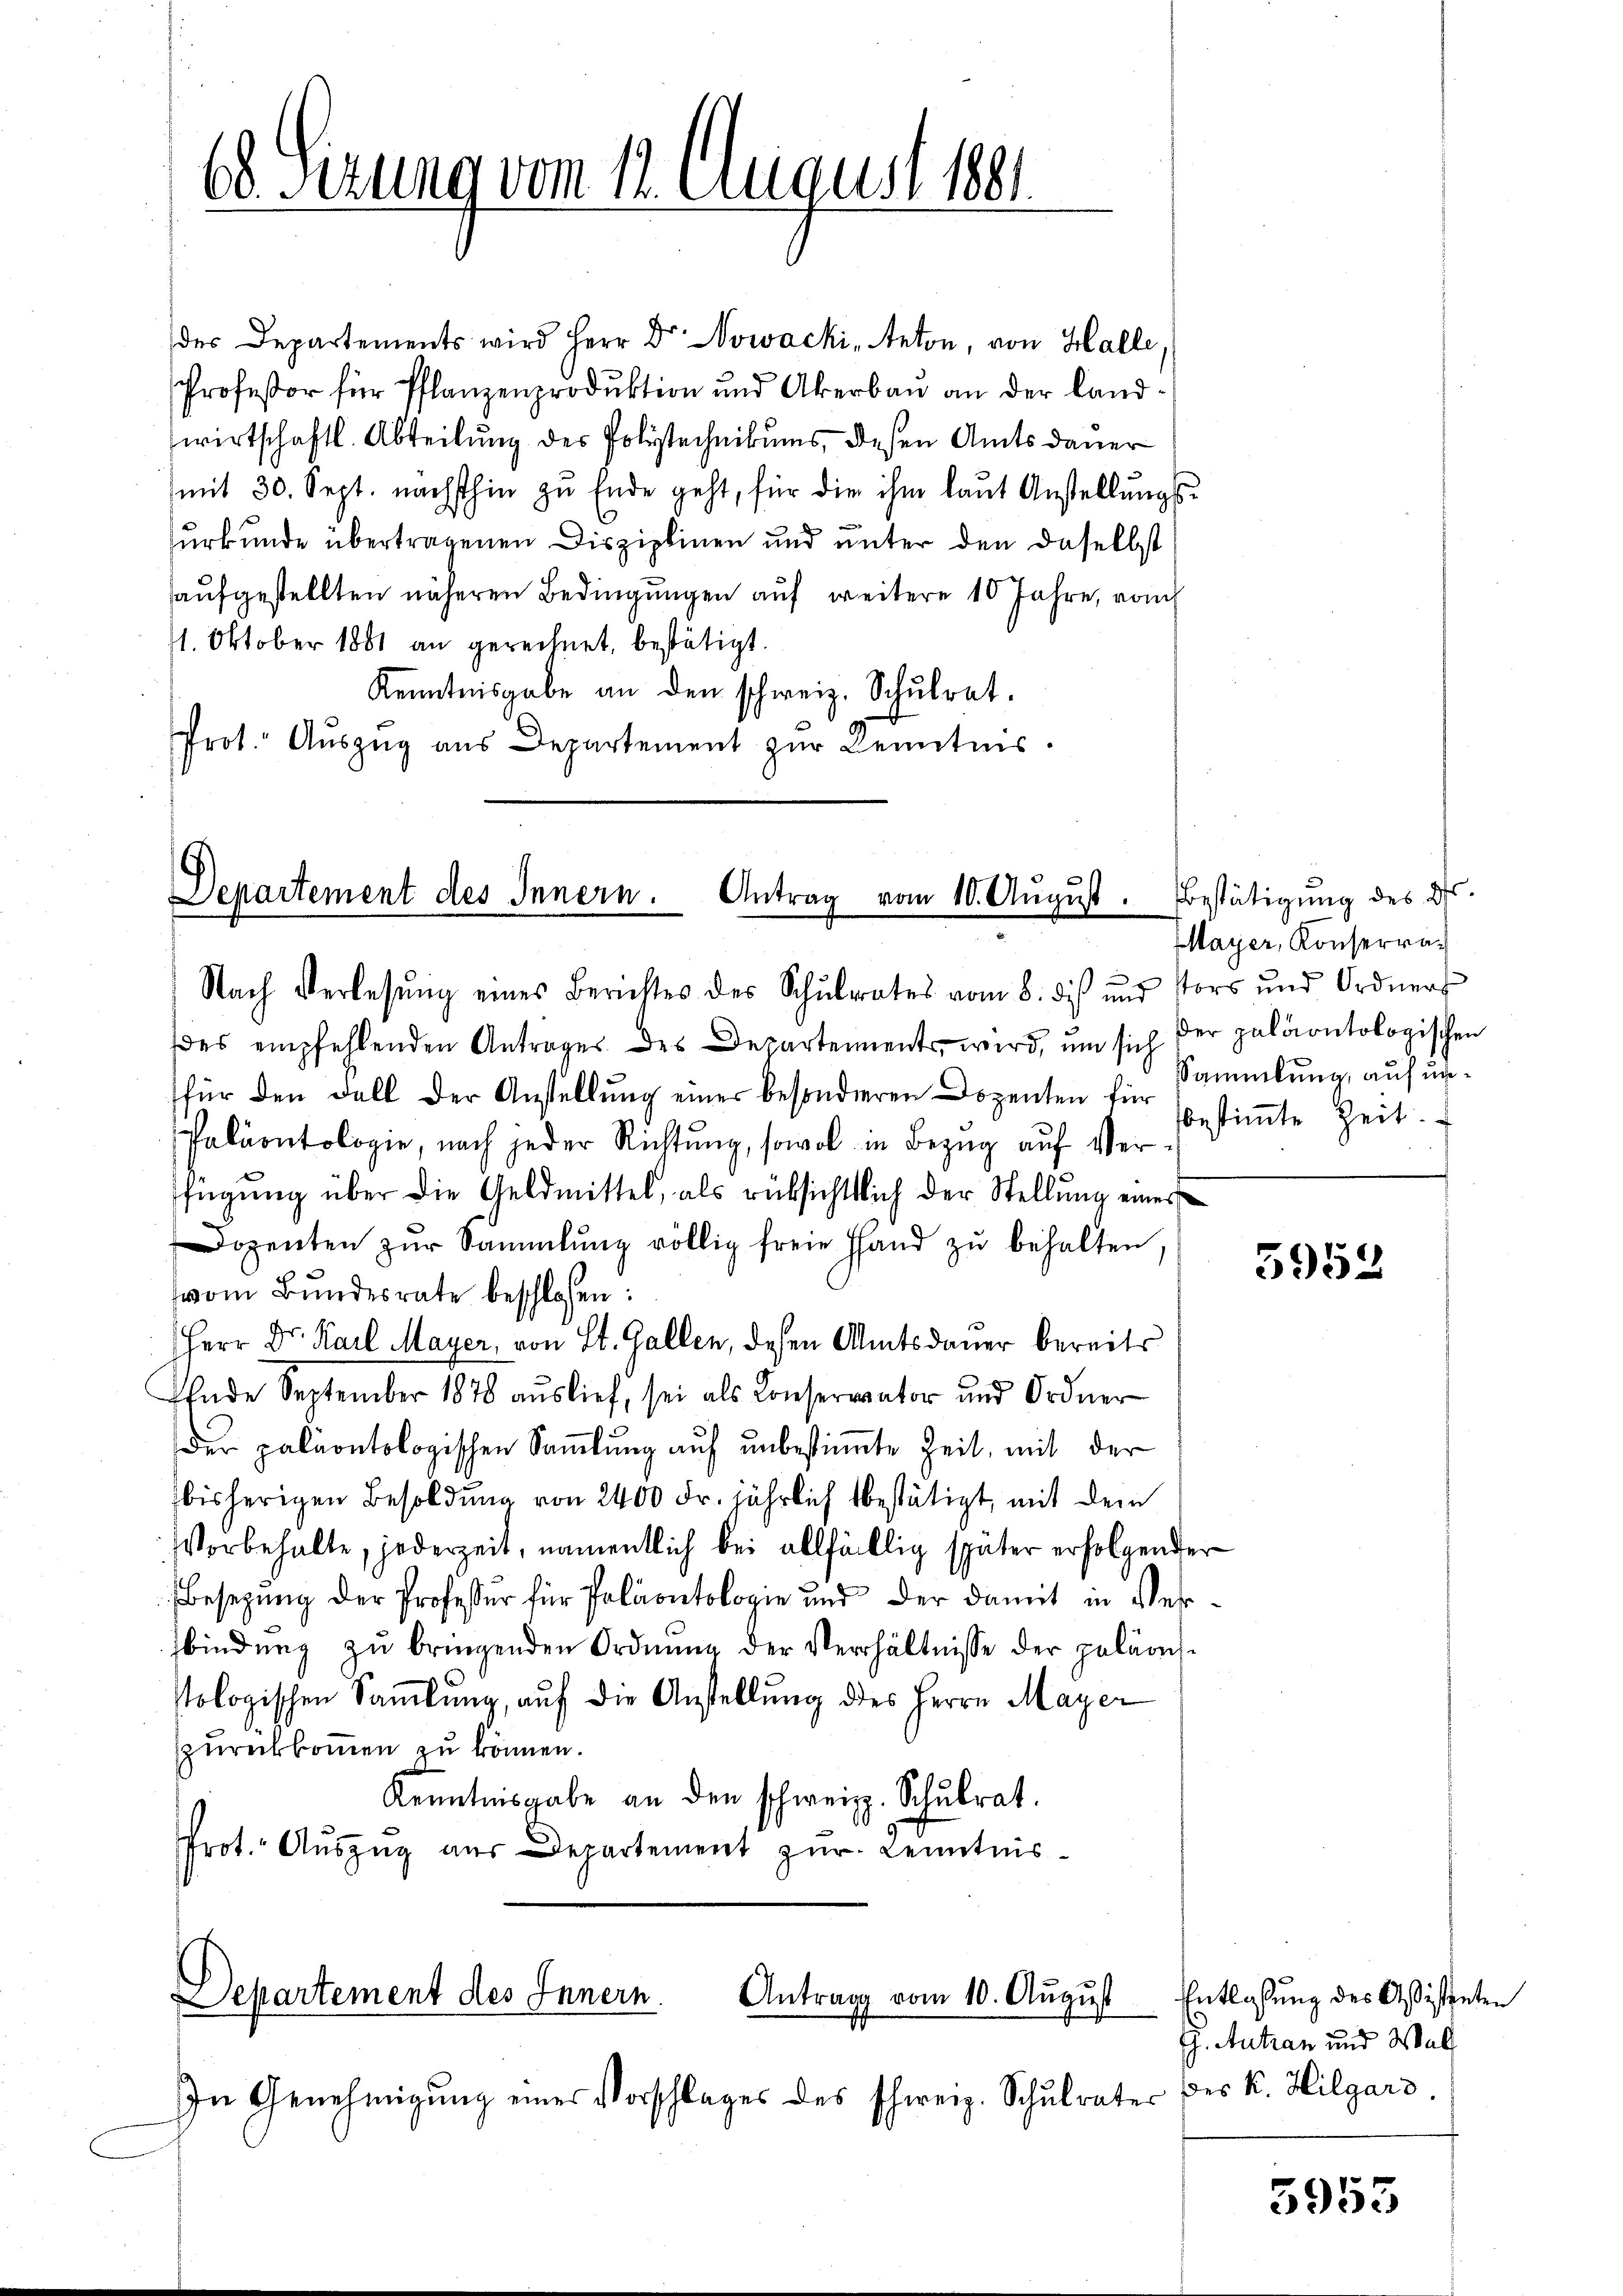
68 Sizung vom 12. August 1881

des Departements wird Herr Dr. Nowacki Anton, von Halle,
Professor für Pflanzenproduktion und Akerbau an der Landwirtschaftl. Abteilung des Polytechnikums, deßen Amtsdauer
(mit 30. Sept. nächsthin zu Ende geht, für die ihm laŭt Anstellŭngs-
urkunde übertragenen Disziplinen und unter den daselbst
aŭfgestellten näheren Bedingŭngen aŭf weitere 10 Jahre, vom
11. Oktober 1881 an gerechnet, bestätigt.
Kenntnisgabe an den schweiz. Schŭlrat.
Prot. Auszug aus Departement zur Kenntnis.

Departement des Innern. Antrag vom 10. Aŭgŭst.
Nach Verlesung eines Berichtes des Schŭlrates vom 8. dis und Vors und Ordners

des empfehlenden Antrages des Departements, wird, um sich der paläontologischen
für den Fall der Anstellung einer besonderen Dozenten für
Paläontologie, nach jeder Richtung, sowol in Bezug auf Verfügung über die Geldmittel, als rücksichtlich der Stellung einer
Dozenten zŭr Sammlung völlig freie Hand zŭ behalten.
vom Bundesrate beschlossen:
Herr Dr. Karl Mayer, von St. Gallen, dessen Amtsdauer bereits
Ende September 1878 auslief, sei als Conservator und Ordner
der paläontologischen Saṁlŭng aŭf ŭnbestimte Zeit, mit der
bisherigen Besoldung von 2400 Fr. jährlich bestätigt, mit dem
Vorbehalte, jederzeit, namentlich bei allfällig später erfolgender
Besetzung der Professur für Paläontologie und der damit in Verbindung zu bringenden Ordnung der Verhältnisse der paläonsstologischen Sammlung, auf die Anstellung des Herrn Mayer
zurückkommen zu können.
Kenntnisgabe an den schweiz. Schulrat.
Prot. Auszug aus Departement zur Kenntnis¬

Departement des Innern. Antrag vom 10. August

In Genehmigung eines Vorschlages des schweiz. Schulrates

Bestätigung des Dr.
Mayer, Konserra
Sammlung, auf unbestimmte Zeit.

5952

Entlaßung des Aßistenten
h. Antran und Walt
Des K. Hilgard

5953